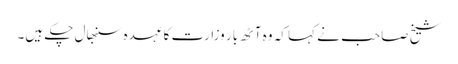
شیخ صاحب نے کہا کہ وہ آٹھ بار وزارت کا عہدہ سنبھال چکے ہیں۔